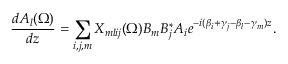
\frac { d A _ { l } ( \Omega ) } { d z } = \sum _ { i , j , m } X _ { m l i j } ( \Omega ) B _ { m } B _ { j } ^ { * } A _ { i } e ^ { - i ( \beta _ { i } + \gamma _ { j } - \beta _ { l } - \gamma _ { m } ) z } .